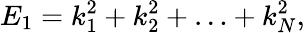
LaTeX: E_{1}=k_{1}^{2}+k_{2}^{2}+\ldots+k_{N}^{2},